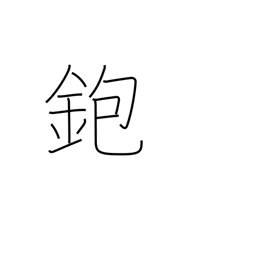
Meaning: carpenter's plane